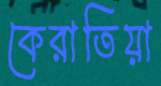
কেরাতিয়া